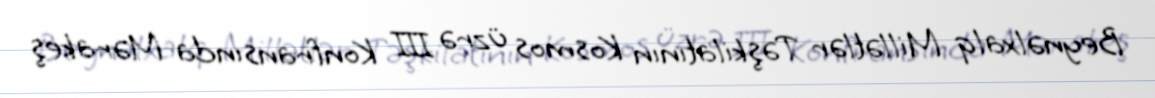
Beynəlxalq Millətlər Təşkilatının Kosmos üzrə III Konfransında Mərakeş